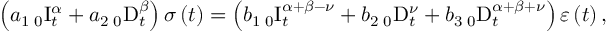
\left( a _ { 1 } \, _ { 0 } \mathrm { I } _ { t } ^ { \alpha } + a _ { 2 } \, _ { 0 } \mathrm { D } _ { t } ^ { \beta } \right) \sigma \left( t \right) = \left( b _ { 1 } \, _ { 0 } \mathrm { I } _ { t } ^ { \alpha + \beta - \nu } + b _ { 2 } \, _ { 0 } \mathrm { D } _ { t } ^ { \nu } + b _ { 3 } \, _ { 0 } \mathrm { D } _ { t } ^ { \alpha + \beta + \nu } \right) \varepsilon \left( t \right) ,